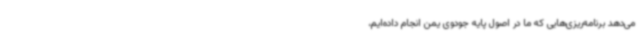
می‌دهد برنامه‌ریزی‌هایی که ما در اصول پایه جودوی یمن انجام داده‌ایم،